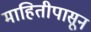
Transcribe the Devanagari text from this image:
माहितीपासून